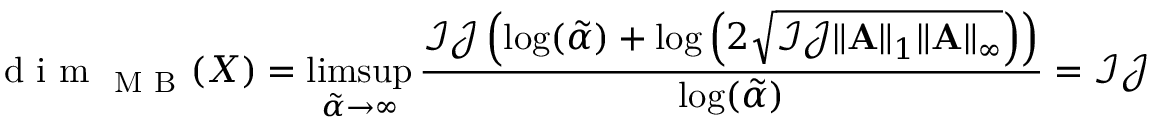
\mathrm { ~ d ~ i ~ m ~ } _ { \mathrm { ~ M ~ B ~ } } ( X ) = \operatorname* { l i m s u p } _ { \tilde { \alpha } \rightarrow \infty } \frac { \mathcal { I } \mathcal { J } \left( \log ( \tilde { \alpha } ) + \log \left( 2 \sqrt { \mathcal { I } \mathcal { J } \| \mathbf { A } \| _ { 1 } \| \mathbf { A } \| _ { \infty } } \right) \right) } { \log ( \tilde { \alpha } ) } = \mathcal { I } \mathcal { J }